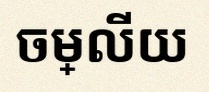
ចម្លើយ